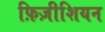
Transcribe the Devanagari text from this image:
फ़िज़ीशियन